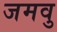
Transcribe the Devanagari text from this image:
जमवु